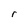
Character: r